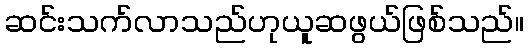
ဆင်းသက်လာသည်ဟုယူဆဖွယ်ဖြစ်သည်။